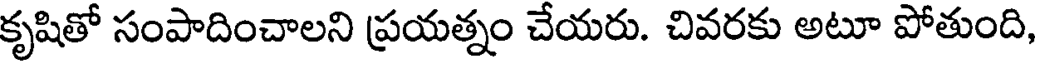
కృషితో సంపాదించాలని ప్రయత్నం చేయరు. చివరకు అటూ పోతుంది,